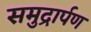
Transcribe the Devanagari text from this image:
समुद्रार्पण